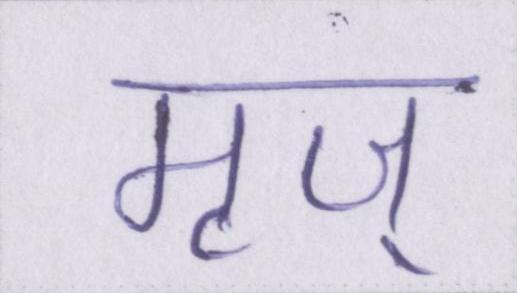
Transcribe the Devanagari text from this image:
मृज्